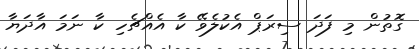
ގޮތުން މި ފަދަ ސިރަޕް އެކުލެވޭ ކާ އެއްޗެހި ކާ ނަމަ އާދަޔާ